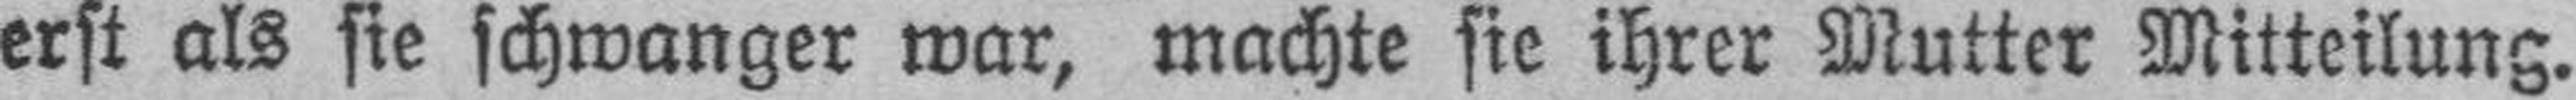
erst als sie schwanger war, machte sie ihrer Mutter Mitteilung.